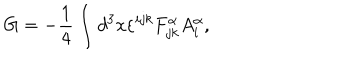
G = - \frac { 1 } { 4 } \int d ^ { 3 } x \varepsilon ^ { i j k } F _ { j k } ^ { \alpha } A _ { i } ^ { \alpha } ,